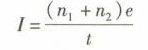
$$I= \frac{(n_{1}-n_{2})e}{t}$$